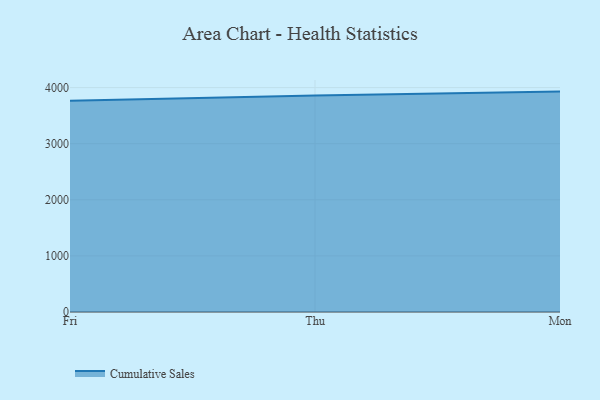
{"axis": {"x": "Day", "y": "Production Output"}, "legend": ["Cumulative Sales"], "data": [{"x": "Fri", "y": 3766.2, "type": "Cumulative Sales"}, {"x": "Thu", "y": 3861.0, "type": "Cumulative Sales"}, {"x": "Mon", "y": 3928.7, "type": "Cumulative Sales"}]}